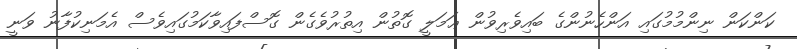
ކަންކަން ނިންމުމުގައި އަންހެނުންގެ ބައިވެރިވުން ޢަމަލީ ގޮތުން އިތުރުވެގެން ގޮސްފައިވާކަމުގައިވެސް އެމަނިކުފާނު ވަނީ